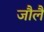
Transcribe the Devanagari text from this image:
जौलै